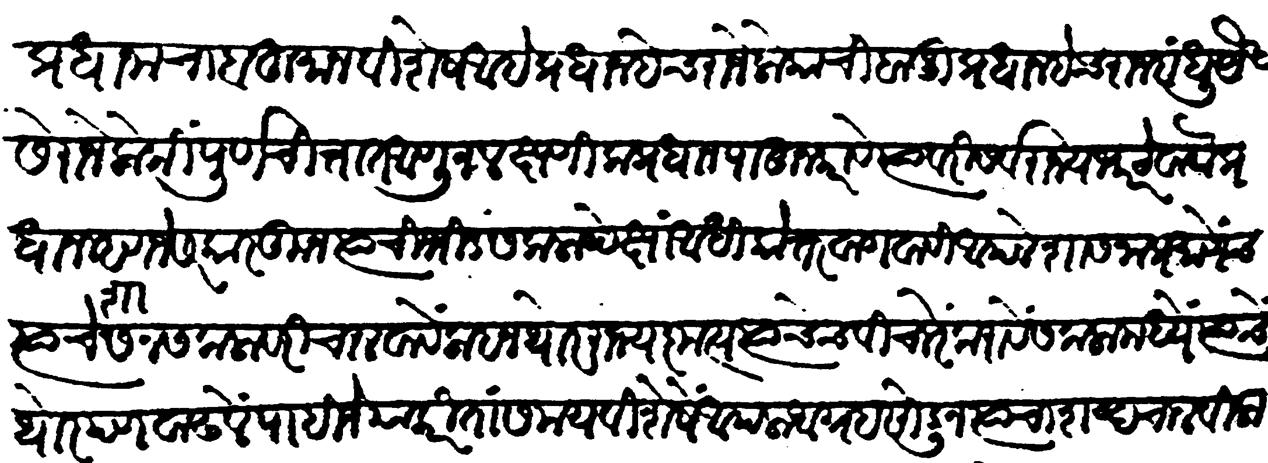
Transliteration (Devanagari): प्रधानाचा बहुमान विशेष आहे प्रधान हेच राजेलोकांची बाजू प्रधान हेच राजबंधु यैसें राजेलोकीं पूर्ण चित्तांत आणून लक्षणीक प्रधान पाहून करावे त्यांवरी सर्व राज्यभार ठेवावा प्रधान म्हणजे सरकारकून. त्याची भीड सकलांपेक्षां अधिकोत्तर वागवावी आपले शासनाप्रमाणेंच त्याचें शासन सकलांवरी चालवावें. लाहन थोर राज्यकृत्य त्याचेच विचारें करावें सकलांमध्ये त्याचें थोरपण वाढलें पाहिजे याकरिता समयविशेषे आपला आग्रह सोडून त्याचा शब्द चालविलासा